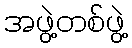
အဖွဲ့တစ်ဖွဲ့